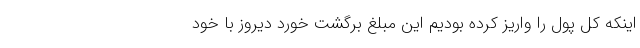
اینکه کل پول را واریز کرده بودیم این مبلغ برگشت خورد دیروز با خود